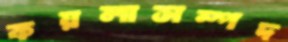
কয়লাসম্পদ